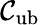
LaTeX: \mathcal{C}_{\mathrm{{ub}}}